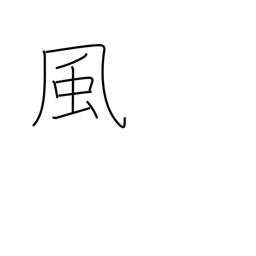
Meaning: style